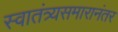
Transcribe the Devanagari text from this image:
स्वातंत्र्यसमारानंतर